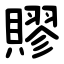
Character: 賿